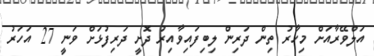
އަލްވޭރާއަށް މިހާރު ތިން ދަރިން ލިބިފައިވާއިރު ދޮށީ ދަރިފުޅަށް ވަނީ 27 އަހަރު